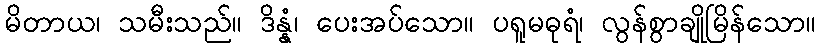
မိတာယ၊ သမီးသည်။ ဒိန္နံ၊ ပေးအပ်သော။ ပရူမဓုရံ၊ လွန်စွာချိုမြိန်သော။